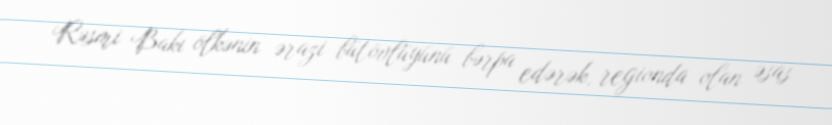
Rəsmi Bakı ölkənin ərazi bütövlüyünü bərpa edərək, regionda olan əsas